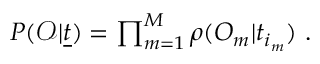
\begin{array} { r } { P ( \mathcal { O } | \underline { { t } } ) = \prod _ { m = 1 } ^ { M } \rho ( O _ { m } | t _ { i _ { m } } ) \ . } \end{array}